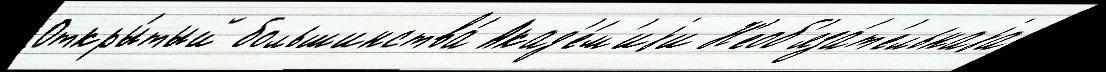
Откры́тый большинства́ Акад'е́м'иjи Н'еоб'яза́т'ельнаjа